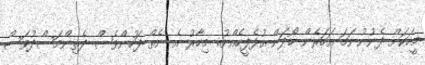
މީހަކަށް ފެނުނުނަމަ އަހަރެން ހޯދަން އުޅެފީހެއްނު.. މިހާރު އެ ނެތް ފަހުންވެސް ދެތިންމަސްދުވަސް